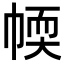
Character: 𢃾